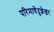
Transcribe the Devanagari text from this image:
परिमाषेंदुशेखर